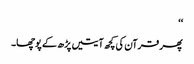
‘‘
پھر قرآن کی کچھ آیتیں پڑھ کے پوچھا۔